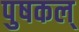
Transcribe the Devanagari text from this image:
पुषकल्